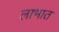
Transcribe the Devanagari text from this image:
लाभात